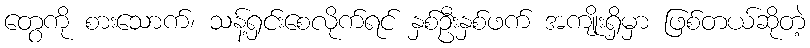
တွေကို စားသောက်၊ သန့်ရှင်းစေလိုက်ရင် နှစ်ဦးနှစ်ဖက် အကျိုးရှိမှာ ဖြစ်တယ်ဆိုတဲ့